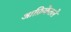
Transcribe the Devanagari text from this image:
आफ्रिकेतले